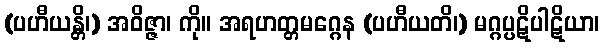
(ပဟီယန္တိ၊) အဝိဇ္ဇာ၊ ကို။ အရဟတ္တမဂ္ဂေန (ပဟီယတိ၊) မဂ္ဂပ္ပဋိပါဋိယာ၊